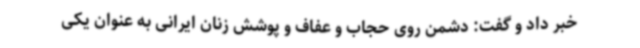
خبر داد و گفت: دشمن روی حجاب و عفاف و پوشش زنان ایرانی به عنوان یکی